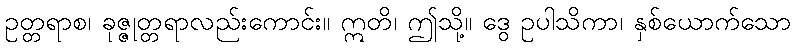
ဥတ္တရာစ၊ ခုဇ္ဇုတ္တရာလည်းကောင်း။ ဣတိ၊ ဤသို့။ ဒွေ ဥပါသိကာ၊ နှစ်ယောက်သော